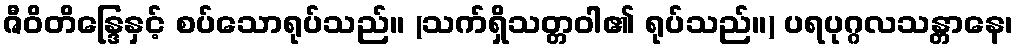
ဇီဝိတိန္ဒြေနှင့် စပ်သောရုပ်သည်။ (သက်ရှိသတ္တဝါ၏ ရုပ်သည်။) ပရပုဂ္ဂလသန္တာနေ၊